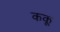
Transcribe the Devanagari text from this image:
ककू